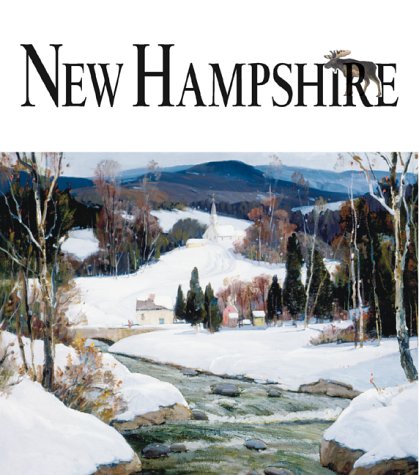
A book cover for Art of the State: New Hampshire; Patricia Harris; Travel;